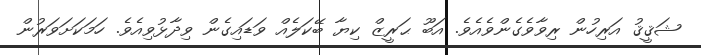
ޝަޤީޤު އަރިހުން ރިވާވެގެންވެއެވެ. އަބޫ ޙަރީޒް ކިޔާ ބޭކަލެއް ވަޑައިގެން ވިދާޅުވިއެވެ. ހަމަކަށަވަރުން